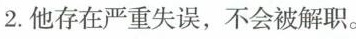
2.他存在严重失误，不会被解职。